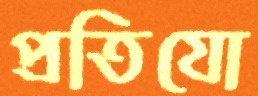
প্রতিযো